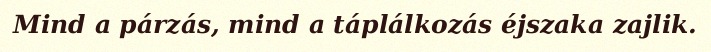
Mind a párzás, mind a táplálkozás éjszaka zajlik.